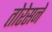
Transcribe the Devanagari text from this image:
तोरेसने